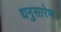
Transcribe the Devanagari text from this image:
द्यनुसारेण